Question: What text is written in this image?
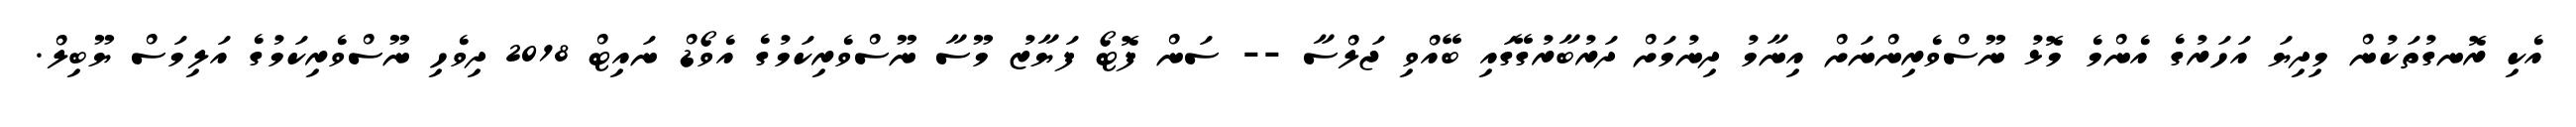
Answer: އެކި ރޮނގުތަކުން މިދިޔަ އަހަރުގެ އެންމެ މޮޅު ނޫސްވެރިންނަށް އިނާމު ދިނުމަށް ދަރުބާރުގޭގައި ބޭއްވި ޖަލްސާ -- ސަން ފޮޓޯ ފަޔާޒު މޫސާ ނޫސްވެރިކަމުގެ އެވޯޑް ނައިޓް 2018 ދިވެހި ނޫސްވެރިކަމުގެ އަލިމަސް ޔޫބިލް.